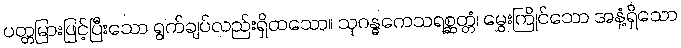
ပတ္တမြားဖြင့်ပြီးသော ရွက်ချပ်လည်းရှိထသော။ သုဂန္ဓကေသရစ္ဆတ္တံ၊ မွှေးကြိုင်သော အနံ့ရှိသော